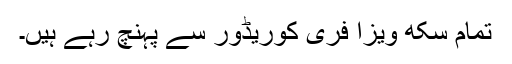
تمام سِکھ ویزا فری کوریڈور سے پہنچ رہے ہیں۔